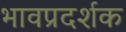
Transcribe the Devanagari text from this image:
भावप्रदर्शक